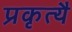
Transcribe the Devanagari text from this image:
प्रकृत्यै